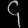
Digit: ၄